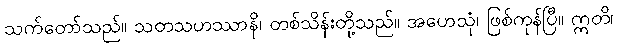
သက်တော်သည်။ သတသဟဿာနိ၊ တစ်သိန်းတို့သည်။ အဟေသုံ၊ ဖြစ်ကုန်ပြီ။ ဣတိ၊